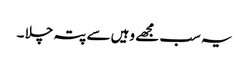
یہ سب مجھے وہیں سے پتہ چلا ۔